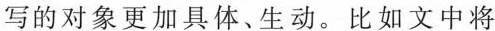
写的对象更加具体、生动。比如文中将